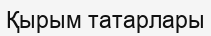
Қырым татарлары